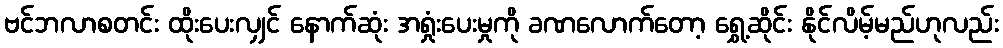
ဗင်ဘလာစတင်း ထိုးပေးလျှင် နောက်ဆုံး အရှုံးပေးမှုကို ခဏလောက်တော့ ရွှေ့ဆိုင်း နိုင်လိမ့်မည်ဟုလည်း